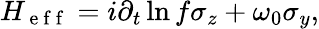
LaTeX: H_{\mathrm{~e~f~f~}}=i\partial_{t}\ln f\sigma_{z}+\omega_{0}\sigma_{y},